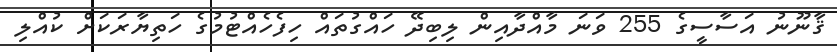
ޤާނޫނު އަސާސީގެ 255 ވަނަ މާއްދާއިން ލިބިދޭ ހައްގުތައް ހިފެހެއްޓުމުގެ ހަތިޔާރަކަށް ކުއްލި